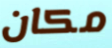
مكان